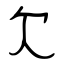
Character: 欠